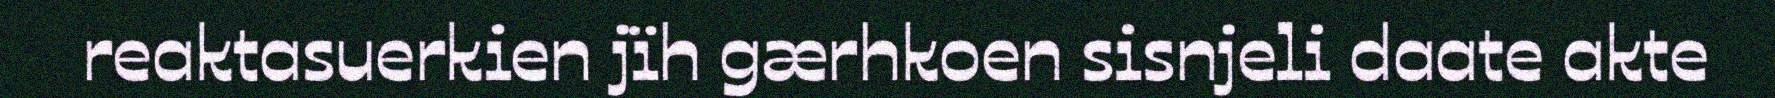
reaktasuerkien jïh gærhkoen sisnjeli daate akte